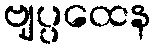
ဗျပ္ပထေန